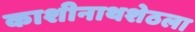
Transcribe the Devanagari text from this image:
काशीनाथशेठला